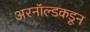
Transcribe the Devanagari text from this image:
अरनॉल्डकडून